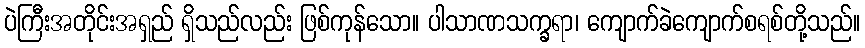
ပဲကြီးအတိုင်းအရှည် ရှိသည်လည်း ဖြစ်ကုန်သော။ ပါသာဏသက္ခရာ၊ ကျောက်ခဲကျောက်စရစ်တို့သည်။